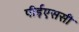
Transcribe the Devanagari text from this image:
पीईएससी